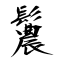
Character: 鬞